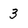
Character: 3